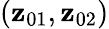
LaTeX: (\mathbf{z}_{01},\mathbf{z}_{02})